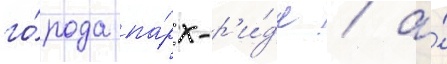
го́рода па́рк-р'и́дж / а́